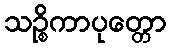
သဉ္စိကာပုတ္တော